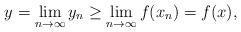
LaTeX: \begin{align*}y=\lim_{n\rightarrow\infty}y_{n}\geq\lim_{n\rightarrow\infty}f(x_{n})=f(x),\end{align*}